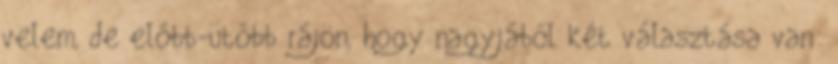
velem, de előbb-utóbb rájön, hogy nagyjából két választása van: